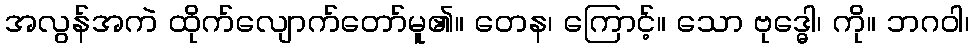
အလွန်အကဲ ထိုက်လျောက်တော်မူ၏။ တေန၊ ကြောင့်။ သော ဗုဒ္ဓေါ၊ ကို။ ဘဂဝါ၊